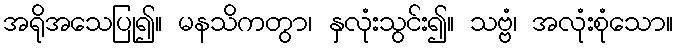
အရိုအသေပြု၍။ မနသိကတွာ၊ နှလုံးသွင်း၍။ သဗ္ဗံ၊ အလုံးစုံသော။